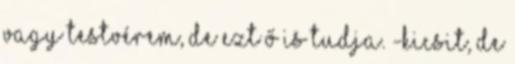
vagy testvérem, de ezt Ő is tudja. -Kicsit, de